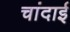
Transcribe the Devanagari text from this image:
चांदाई